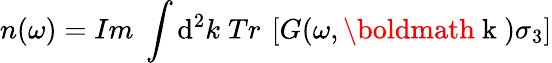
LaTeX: n(\omega)=Im\; \int\mathrm{d}^{2}k\; Tr\: \left[G(\omega,\mathrm{{\boldmath~k~}})\sigma_{3}\right]